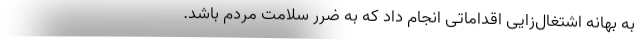
به بهانه اشتغال‌زایی اقداماتی انجام داد که به ضرر سلامت مردم باشد.